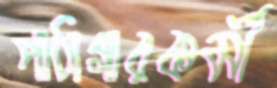
পাঠাগারকর্মী